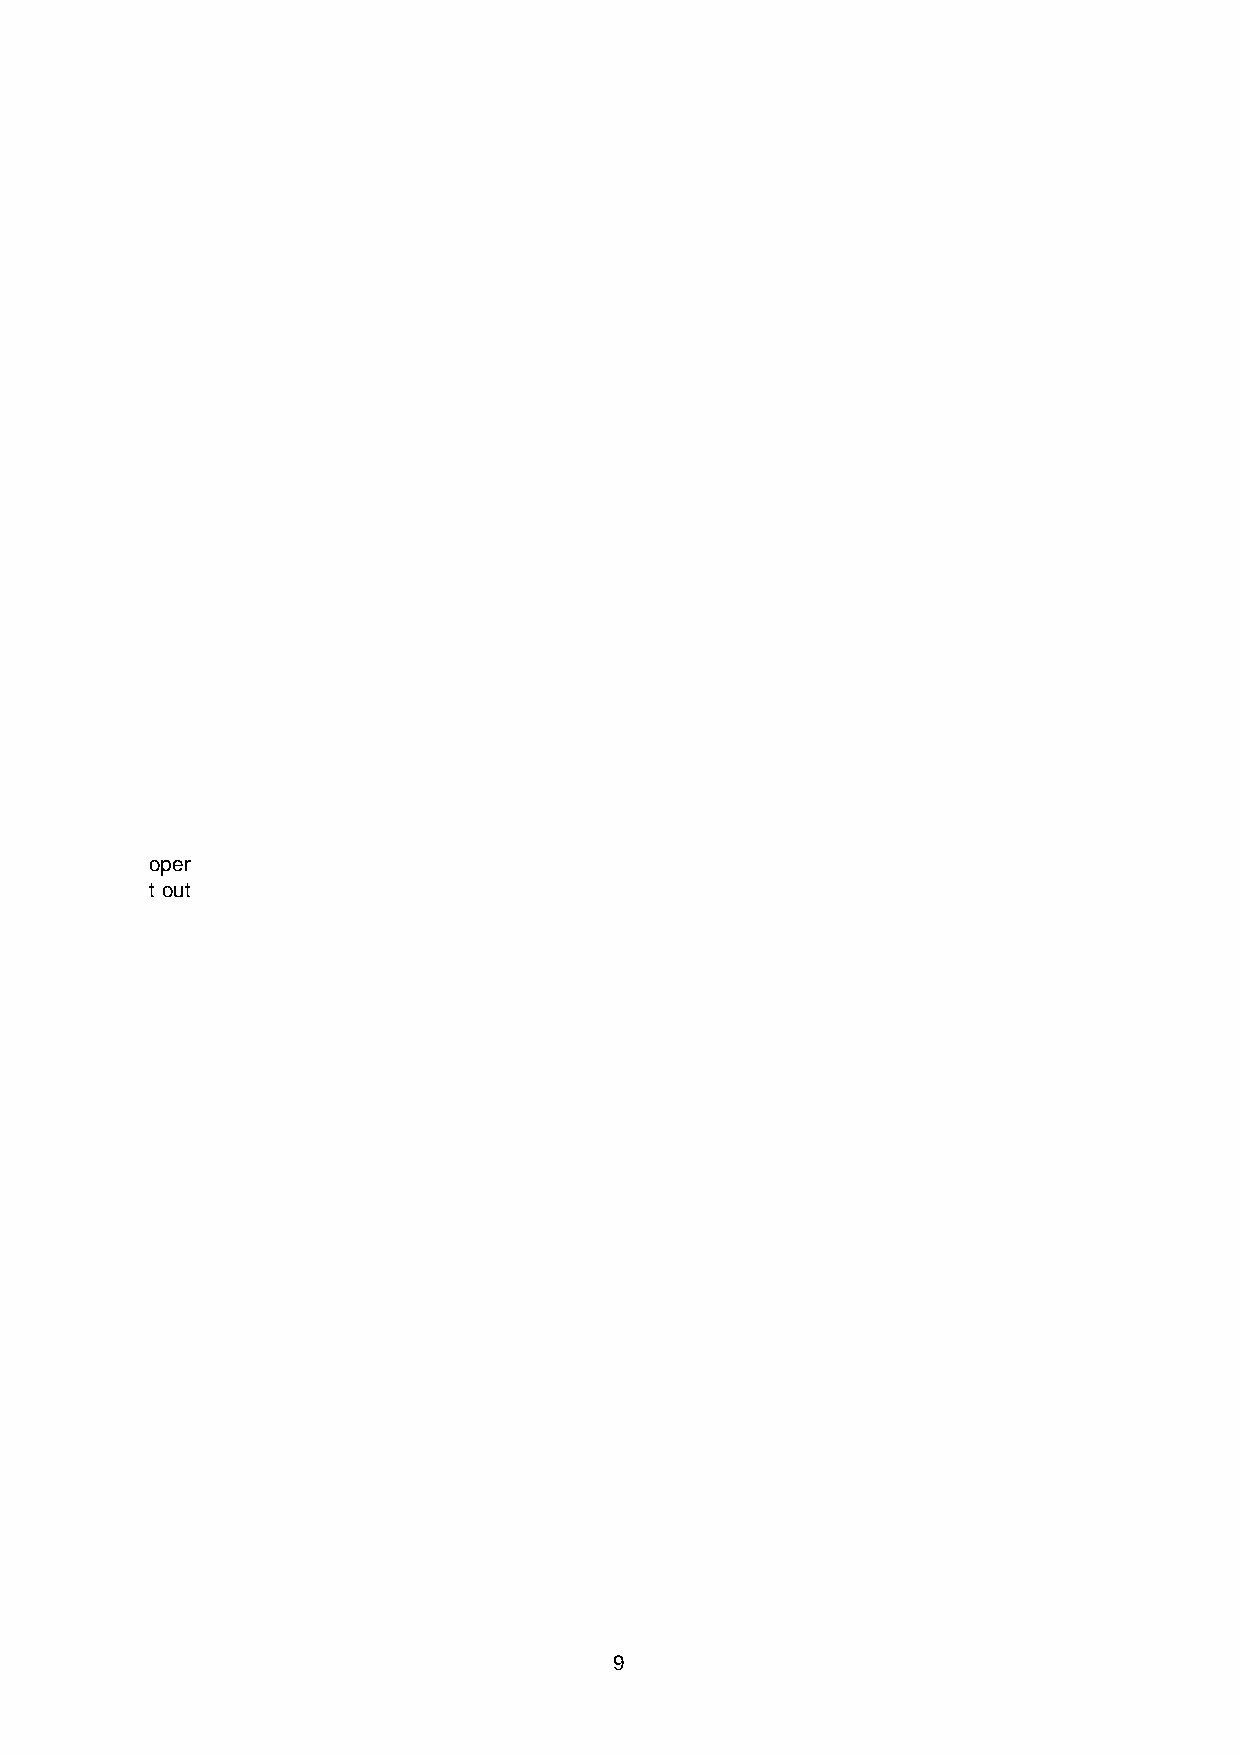
proper
 set out
 9